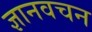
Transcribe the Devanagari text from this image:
ज्ञानवचन